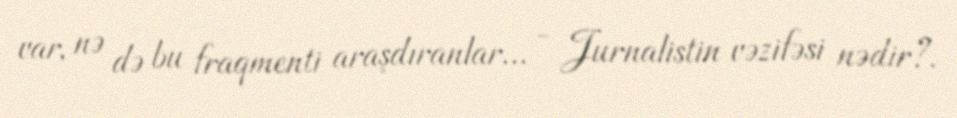
var, nə də bu fraqmenti araşdıranlar... - Jurnalistin vəzifəsi nədir?.